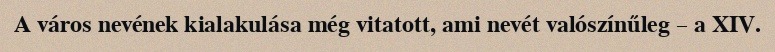
A város nevének kialakulása még vitatott, ami nevét valószínűleg – a XIV.